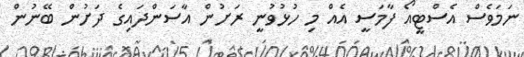
ނަމަވެސް އެސްޓީއޯ ފާމަސީ އެއް މި ހުޅުވުނީ ރަށުން އާސަންދައިގެ ދަށުން ބޭނުން